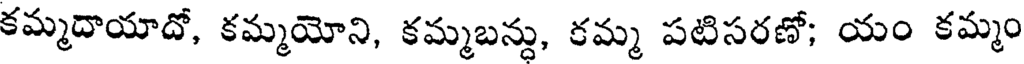
కమ్మదాయాదో, కమ్మయోని, కమ్మబన్ను, రమ్మ పటిసరణో; యం కమ్మం